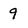
Character: 9